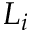
L _ { i }